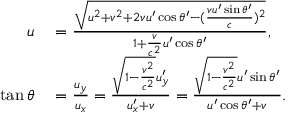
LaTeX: \begin{array} { r l } { u } & { { } = { \frac { \sqrt { u ^ { 2 } + v ^ { 2 } + 2 v u ^ { \prime } \cos \theta ^ { \prime } - ( { \frac { v u ^ { \prime } \sin \theta ^ { \prime } } { c } } ) ^ { 2 } } } { 1 + { \frac { v } { c ^ { 2 } } } u ^ { \prime } \cos \theta ^ { \prime } } } , } \\ { \tan \theta } & { { } = { \frac { u _ { y } } { u _ { x } } } = { \frac { { \sqrt { 1 - { \frac { v ^ { 2 } } { c ^ { 2 } } } } } u _ { y } ^ { \prime } } { u _ { x } ^ { \prime } + v } } = { \frac { { \sqrt { 1 - { \frac { v ^ { 2 } } { c ^ { 2 } } } } } u ^ { \prime } \sin \theta ^ { \prime } } { u ^ { \prime } \cos \theta ^ { \prime } + v } } . } \end{array}